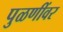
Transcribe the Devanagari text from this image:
पुळणींवर